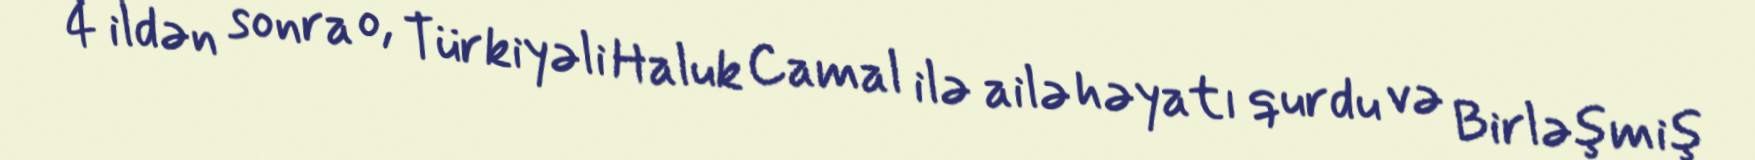
4 ildən sonra o, Türkiyəli Haluk Camal ilə ailə həyatı qurdu və Birləşmiş